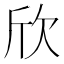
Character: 欣